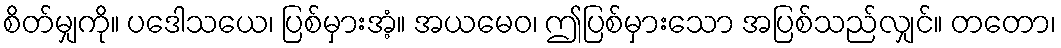
စိတ်မျှကို။ ပဒေါသယေ၊ ပြစ်မှားအံ့။ အယမေဝ၊ ဤပြစ်မှားသော အပြစ်သည်လျှင်။ တတော၊